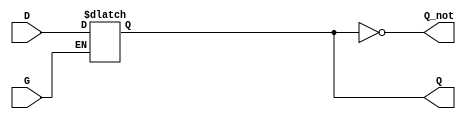
module dual_input_gated_latch (
    input wire D,  // Data input
    input wire G,  // Gating signal
    output reg Q,  // Output
    output wire Q_not // Inverted output
);

// Invert the output Q
assign Q_not = ~Q;

// Always block to implement the gated latch behavior
always @(*) begin
    if (G) begin
        Q = D;  // When G is high, Q follows D
    end
    // When G is low, Q retains its previous value (implicit memory behavior)
end

endmodule